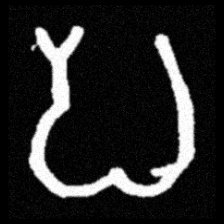
Pyu character \u2014 Myanmar letter: ပ (romanized: pa)